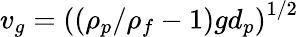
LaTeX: v_{g}=\left((\rho_{p}/\rho_{f}-1)gd_{p}\right)^{1/2}